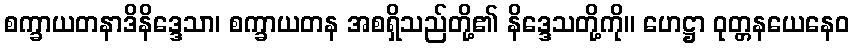
စက္ခာယတနာဒိနိဒ္ဒေသာ၊ စက္ခာယတန အစရှိသည်တို့၏ နိဒ္ဒေသတို့ကို။ ဟေဋ္ဌာ ဝုတ္တနယေနေဝ